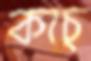
কাচ্‌